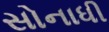
સોનાધી